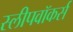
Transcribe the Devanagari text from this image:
स्लीपवॉकर्स